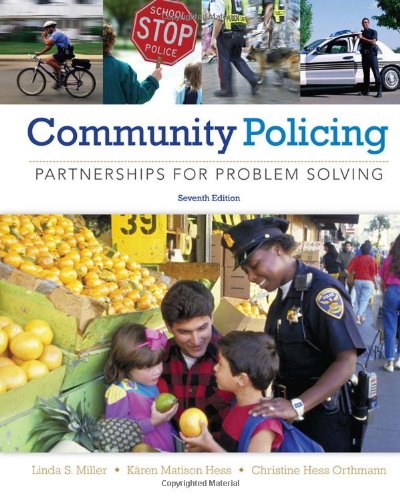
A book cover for Community Policing: Partnerships for Problem Solving; Linda S. Miller; Law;